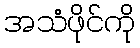
အသံဖိုင်ကို